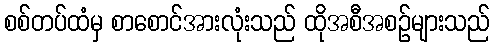
စစ်တပ်ထံမှ စာစောင်အားလုံးသည် ထိုအစီအစဉ်များသည်